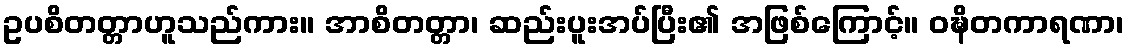
ဥပစိတတ္တာဟူသည်ကား။ အာစိတတ္တာ၊ ဆည်းပူးအပ်ပြီး၏ အဖြစ်ကြောင့်။ ဝဍ္ဎိတကာရဏာ၊